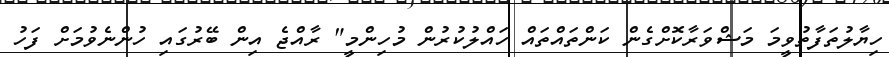
ހިޔާލުތަފާތުވީމަ މަޝްވަރާކޮށްގެން ކަންތައްތައް ހައްލުކުރުން މުހިންމީ" ރާއްޖެ އިން ބޭރުގައި ހުންނެވުމަށް ފަހު